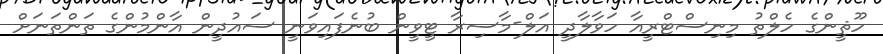
ހޫޘީންގެ ހެލްތު މިނިސްޓްރީއާ ހަވާލާދީ އަލް-މާސިރާ ޓީވީން ބުނެފައިވަނީ ސައުދީން އާންމުންގެ ތަންތަނަށް